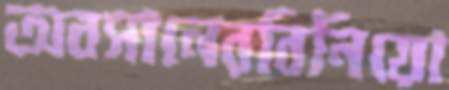
অবসানেরবিনিয়ো